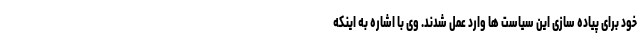
خود برای پیاده سازی این سیاست ها وارد عمل شدند. وی با اشاره به اینکه